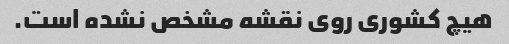
هیچ کشوری روی نقشه مشخص نشده است.